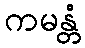
ကမန္တံ